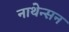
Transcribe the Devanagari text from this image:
नाथेन्सन